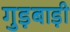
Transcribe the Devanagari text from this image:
गुड़बाड़ी